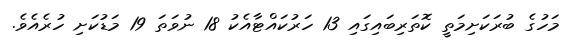
މަހުގެ ބުރަކަށިމަތީ ކޮތަރިބައިގައި 13 ހަރުކައްޓާއެކު 18 ނުވަތަ 19 މަޑުކަށި ހުރެއެވެ.